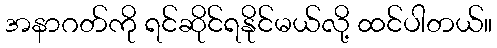
အနာဂတ်ကို ရင်ဆိုင်ရနိုင်မယ်လို့ ထင်ပါတယ်။